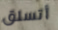
أتسلق